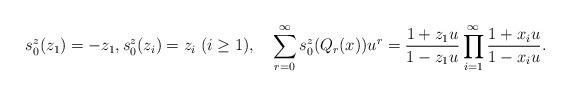
LaTeX: \begin{align*}s_0^z(z_1)=-z_1,s_0^z(z_i)=z_i\;(i\geq 1), \quad\sum_{r=0}^\infty s_0^z(Q_r(x))u^r=\frac{1+z_1u}{1-z_1u}\prod_{i=1}^\infty\frac{1+x_iu}{1-x_iu}.\end{align*}